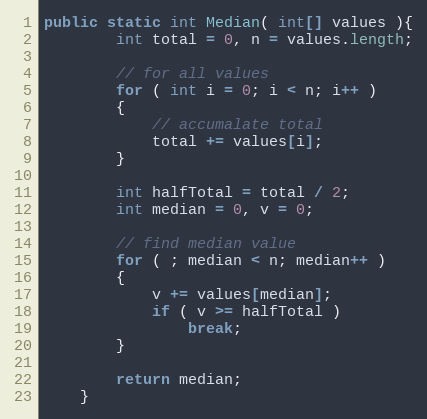
Language: Java
public static int Median( int[] values ){
        int total = 0, n = values.length;

        // for all values
        for ( int i = 0; i < n; i++ )
        {
            // accumalate total
            total += values[i];
        }

        int halfTotal = total / 2;
        int median = 0, v = 0;

        // find median value
        for ( ; median < n; median++ )
        {
            v += values[median];
            if ( v >= halfTotal )
                break;
        }

        return median;
    }